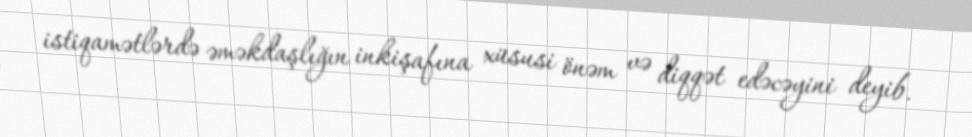
istiqamətlərdə əməkdaşlığın inkişafına xüsusi önəm və diqqət edəcəyini deyib.